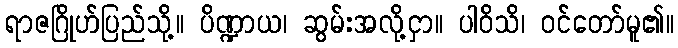
ရာဇဂြိုဟ်ပြည်သို့။ ပိဏ္ဍာယ၊ ဆွမ်းအလို့ငှာ။ ပါဝိသိ၊ ဝင်တော်မူ၏။